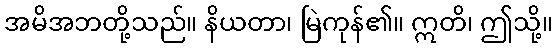
အမိအဘတို့သည်။ နိယတာ၊ မြဲကုန်၏။ ဣတိ၊ ဤသို့။